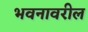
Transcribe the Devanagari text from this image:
भवनावरील